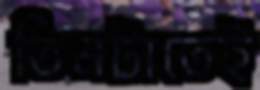
তিনটাতেই